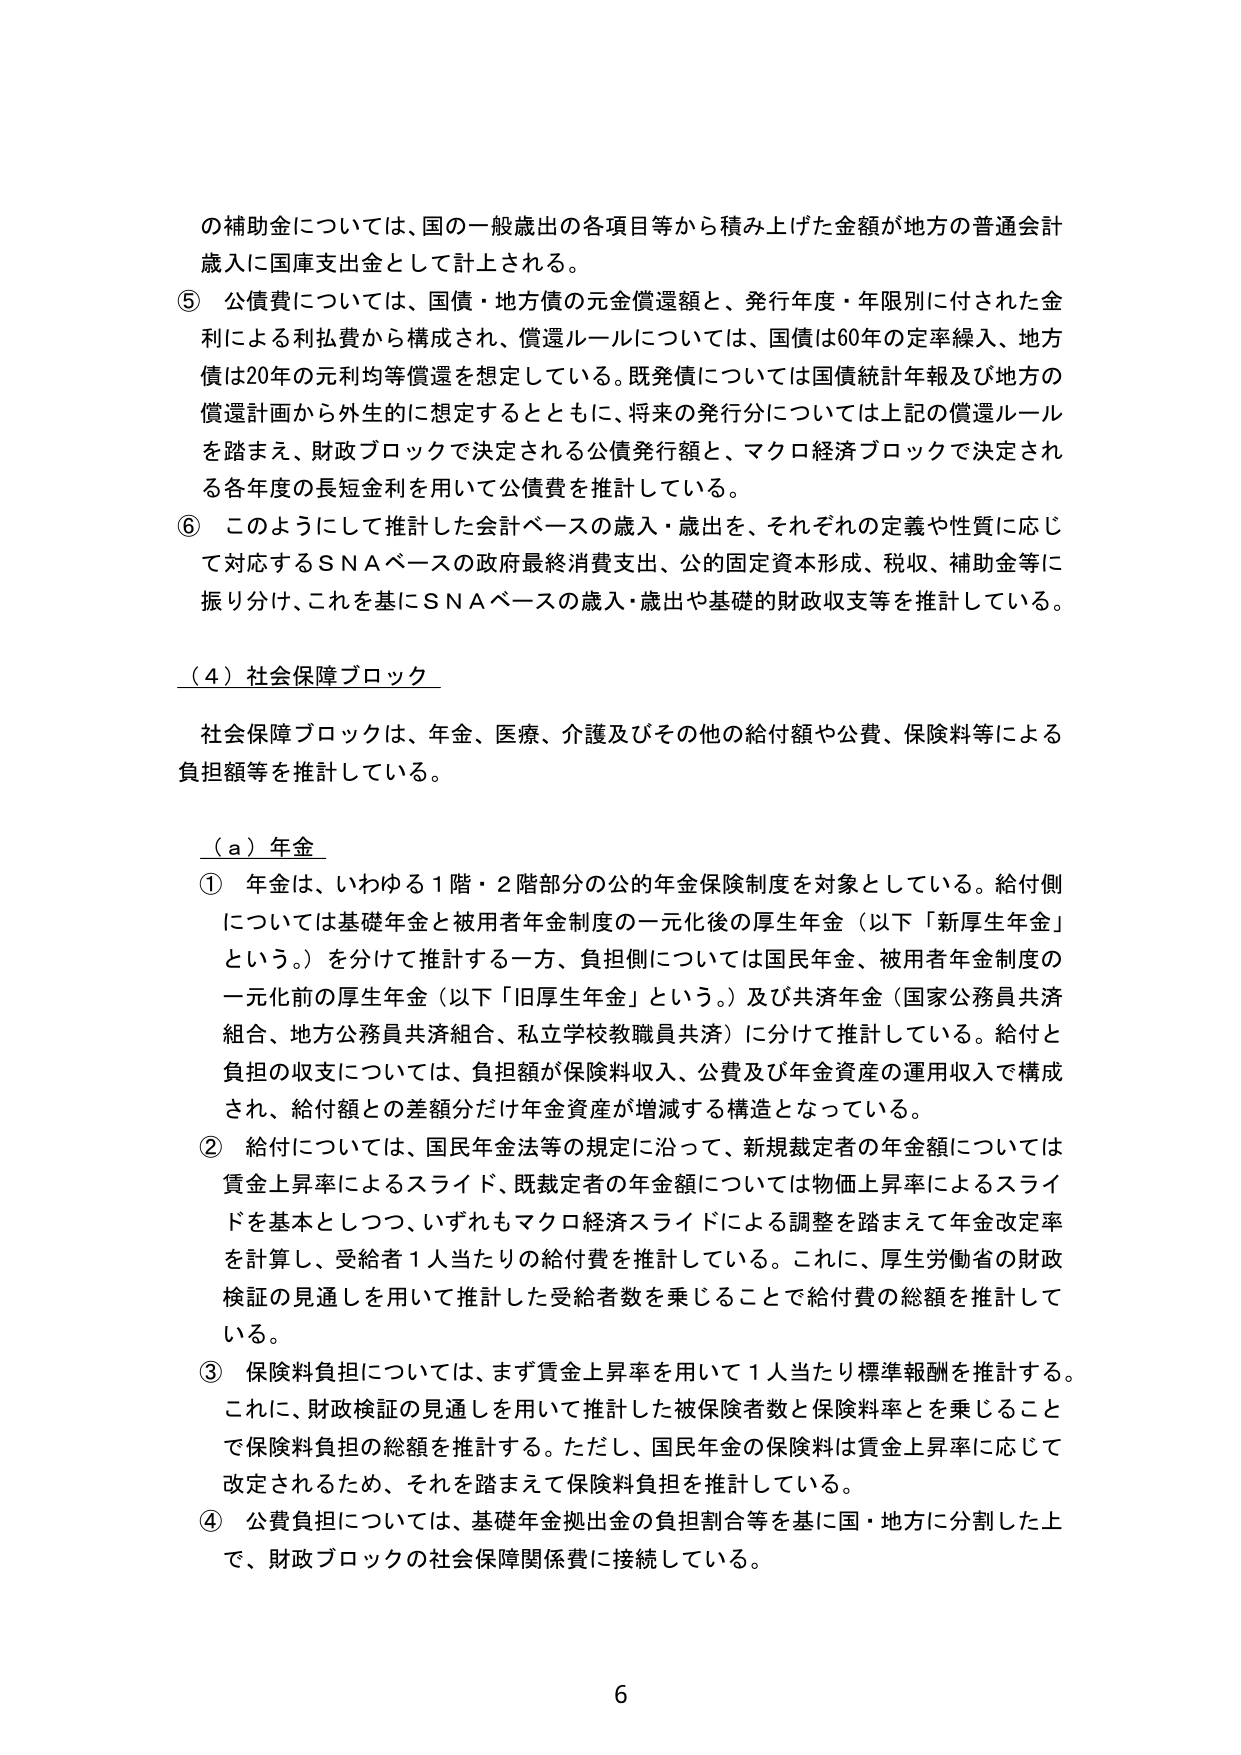
の補助金については、国の一一般歳出の各項目等から積み上げた金額が地方の普通会計歳入に国庫支出金として計上される。

⑤ 公債費については、国債・地方債の元金償還額と、発行年度・年限別に付された金利による利払費から構成され、償還ルールについては、国債は60年の定率繰入、地方債は20年の元利均等償還を想定している。既発債については国債統計年報及び地方の償還計画から外生的に想定するとともに、将来の発行分については上記の償還ルールを踏まえ、財政ブロックで決定される公債発行額と、マクロ経済ブロックで決定される各年度の最短金利を用いて公債費を推計している。

⑥ このようにして推計した会計ベースの歳入・歳出を、それぞれの定義や性質に応じて対応するSNAベースの政府最終消費支出、公的固定資本形成、税収、補助金等に振り分け、これを基にSNAベースの歳入・歳出や基礎的財政収支等を推計している。

（４）社会保障ブロック

社会保障ブロックは、年金、医療、介護及びその他の給付額や公費、保険料等による負担額等を推計している。

（ａ）年金

① 年金は、いわゆる１階・２階部分の公的年金保険制度を対象としている。給付側については基礎年金と被用者年金制度の一元化後の厚生年金（以下「新厚生年金」という。）を分けて推計する一方、負担側については国民年金、被用者年金制度の一元化前の厚生年金（以下「旧厚生年金」という。）及び共済年金（国家公務員共済組合、地方公務員共済組合、私立学校教職員共済）に分けて推計している。給付と負担の収支については、負担額が保険料収入、公費及び年金資産の運用収入で構成され、給付額との差額分だけ年金資産が増減する構造となっている。

② 給付については、国民年金法等の規定に沿って、新規裁定者の年金額については賃金上昇率によるスライド、既裁定者の年金額については物価上昇率によるスライドを基本としつつ、いずれもマクロ経済スライドによる調整を踏まえて年金改定率を計算し、受給者１人当たりの給付費を推計している。これに、厚生労働省の財政検証の見通しを用いて推計した受給者数を乗じることで給付費の総額を推計している。

③ 保険料負担については、まず賃金上昇率を用いて１人当たり標準報酬を推計する。これに、財政検証の見通しを用いて推計した被保険者数と保険料率とを乗じることで保険料負担の総額を推計する。ただし、国民年金の保険料は賃金上昇率に応じて改定されるため、それを踏まえて保険料負担を推計している。

④ 公費負担については、基礎年金拠出金の負担割合等を基に国・地方に分割した上で、財政ブロックの社会保障関係費に接続している。

6